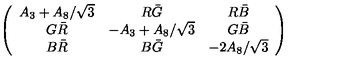
\left( \begin{array} { c c c } { A _ { 3 } + A _ { 8 } / \sqrt { 3 } } & { R \bar { G } } & { R \bar { B } } \\ { G \bar { R } } & { - A _ { 3 } + A _ { 8 } / \sqrt { 3 } } & { G \bar { B } } \\ { B \bar { R } } & { B \bar { G } } & { - 2 A _ { 8 } / \sqrt { 3 } } \\ \end{array} \right)